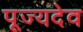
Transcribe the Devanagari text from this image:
पूज्यदेव